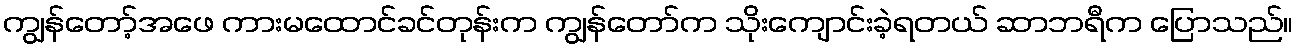
ကျွန်တော့်အဖေ ကားမထောင်ခင်တုန်းက ကျွန်တော်က သိုးကျောင်းခဲ့ရတယ် ဆာဘရီက ပြောသည်။